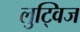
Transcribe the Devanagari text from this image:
लुट्विज